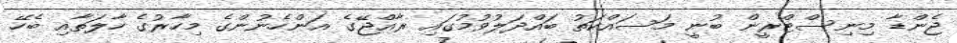
ޖެންޑާ މިނިސްޓްރީން ބުނީ މަސައްކަތު ބައްދަލުވުމުގައި ރާއްޖޭގެ އަންހެނުންގެ މިހާރުގެ ހާލަތާއި ބެހޭ